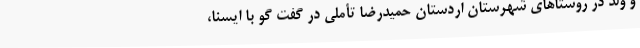
و ولد در روستاهای شهرستان اردستان حمیدرضا تأملی در گفت گو با ایسنا،